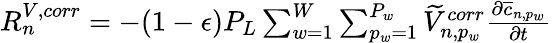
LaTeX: \begin{array}{r}{R_{n}^{V,corr}=-(1-\epsilon)P_{L}\sum_{w=1}^{W}\sum_{p_{w}=1}^{P_{w}}\widetilde{V}_{n,p_{w}}^{corr}\frac{\partial\overline{{c}}_{n,p_{w}}}{\partial t}}\end{array}